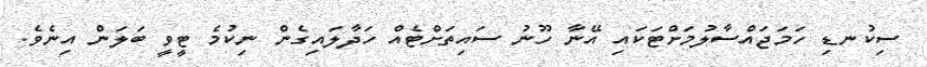
ސިކުނޑި ހަމަޖައްސާލުމަށްޓަކައި އޭނާ ހޫނު ސައިތަށްޓެއް ހަދާލައިގެން ނިކުމެ ޓީވީ ބަލަން އިނެވެ.